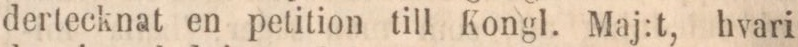
dertecknat en petition till Kongl. Maj:t, hvari